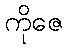
ကိုဇေ